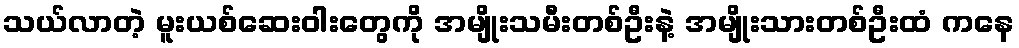
သယ်လာတဲ့ မူးယစ်ဆေးဝါးတွေကို အမျိုးသမီးတစ်ဦးနဲ့ အမျိုးသားတစ်ဦးထံ ကနေ